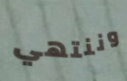
وننتهي